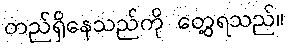
တည်ရှိနေသည်ကို တွေ့ရသည်။